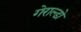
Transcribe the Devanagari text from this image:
गेराल्डो